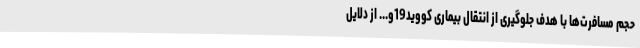
حجم مسافرت‌ها با هدف جلوگیری از انتقال بیماری کووید19و... از دلایل